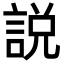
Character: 説